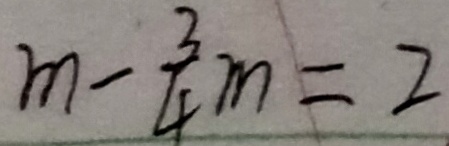
m - \frac { 3 } { 4 } m = 2